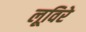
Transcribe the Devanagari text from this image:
लूविरे